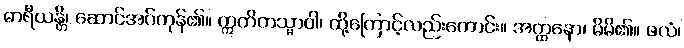
ဓာရီယန္တိ၊ ဆောင်အပ်ကုန်၏။ ဣတိတသ္မာဝါ၊ ထို့ကြောင့်လည်းကောင်း။ အတ္ထနော၊ မိမိ၏။ ဖလံ၊